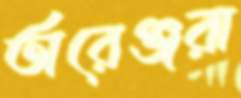
অরেঞ্জরা